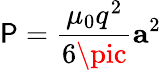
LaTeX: \mathsf{P}={\frac{{\mu_{0}q^{2}}}{{6\pic}}}\mathbf{{a}}^{2}